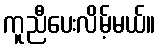
ကူညီပေးလိမ့်မယ်။